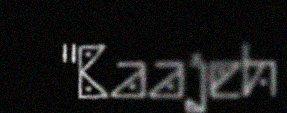
"Baajeh